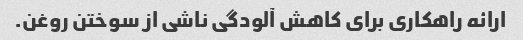
ارائه راهکاری برای کاهش آلودگی ناشی از سوختن روغن.